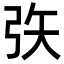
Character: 矤